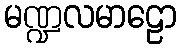
မဏ္ဍလမာဠော